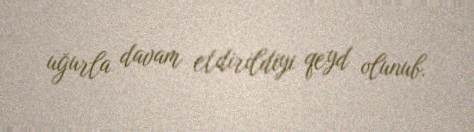
uğurla davam etdirildiyi qeyd olunub.